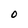
Character: O